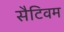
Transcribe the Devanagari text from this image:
सैटिवम